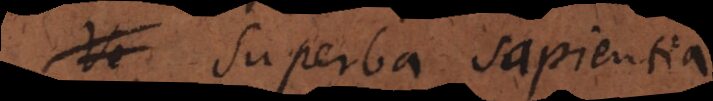
Superba sapient